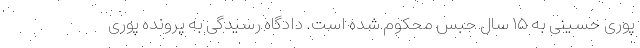
پوری حسینی به ۱۵ سال حبس محکوم شده است. دادگاه رسیدگی به پرونده پوری